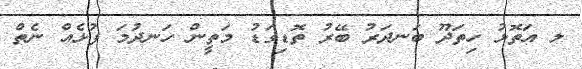
ލ އަތޮޅު ހިތަދޫ ބަނދަރު ބޭރު ތޮޑިގަޑު މަތީން ހަނދުމަ ފުޅެއް ނެތް